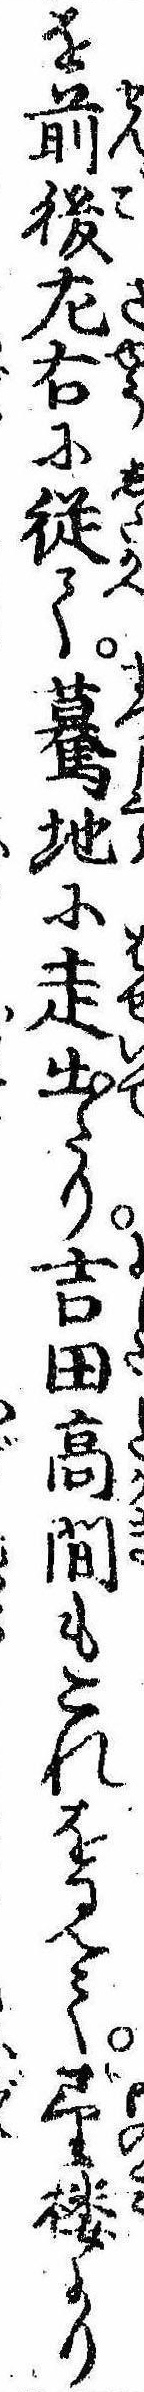
を前後㔫右に従て驀地に走出たり吉田高間もこれを見て望楼より